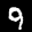
Label: 9